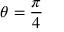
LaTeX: \theta = { \frac { \pi } { 4 } }